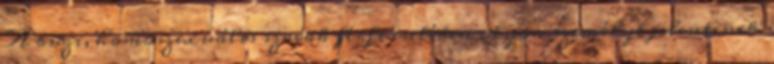
A buzi, homoszexuális szavak férfi esetében olyan személyt jelentenek,